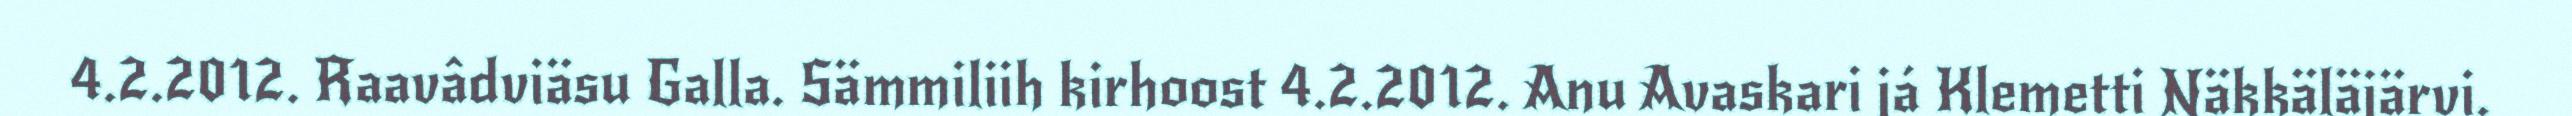
4.2.2012. Raavâdviäsu Galla. Sämmiliih kirhoost 4.2.2012. Anu Avaskari já Klemetti Näkkäläjärvi.